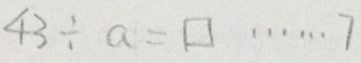
4 3 \div a = \square \cdots 7